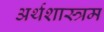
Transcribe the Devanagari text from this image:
अर्थशास्त्रम